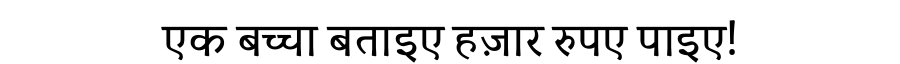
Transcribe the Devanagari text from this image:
एक बच्चा बताइए हज़ार रुपए पाइए!